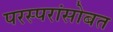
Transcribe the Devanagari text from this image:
परस्परांसोबत